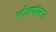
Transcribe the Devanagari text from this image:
परीक्षणांवरून